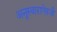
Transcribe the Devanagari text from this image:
अनुस्वाराऐवजी